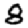
Digit: 8